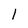
Character: 1